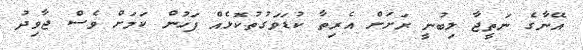
އޭނާގެ ނަތީޖާ ލިބުނީ ރަށަށް އެރިތާ ކުޑަވަގުތުކޮޅެއް ފަހުން ކަމަށް ވެސް ޖާވިދު